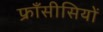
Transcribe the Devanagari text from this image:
फ्राँसीसियों